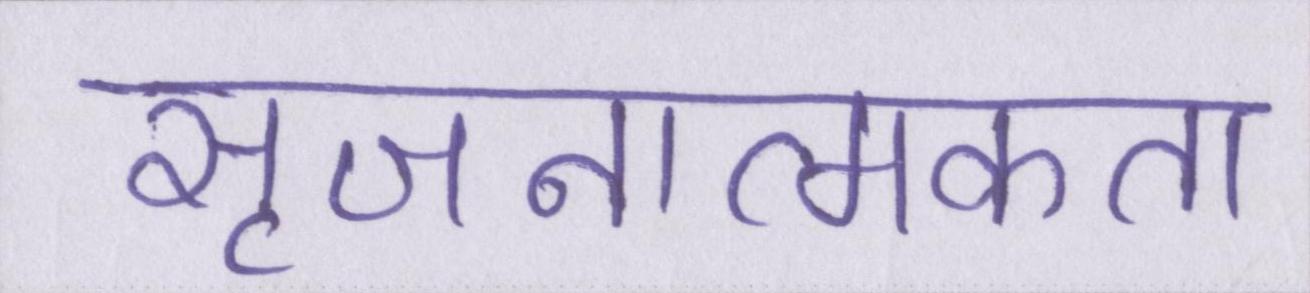
सृजनात्मकता